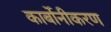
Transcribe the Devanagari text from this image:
कार्बोनीकरण